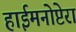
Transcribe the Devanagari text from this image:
हाईमनोप्टेरा